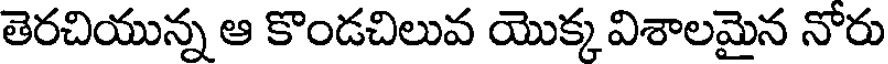
తెరచియున్న ఆ కొండచిలువ యొక్క విశాలమైన నోరు